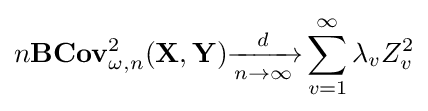
n\mathbf {BCov} {}_{\omega ,n}^{2}(\mathbf {X} ,\mathbf {Y} ){\xrightarrow[{n\rightarrow \infty }]{d}}\sum _{v=1}^{\infty }\lambda _{v}Z_{v}^{2}